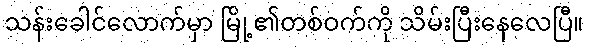
သန်းခေါင်လောက်မှာ မြို့၏တစ်ဝက်ကို သိမ်းပြီးနေလေပြီ။